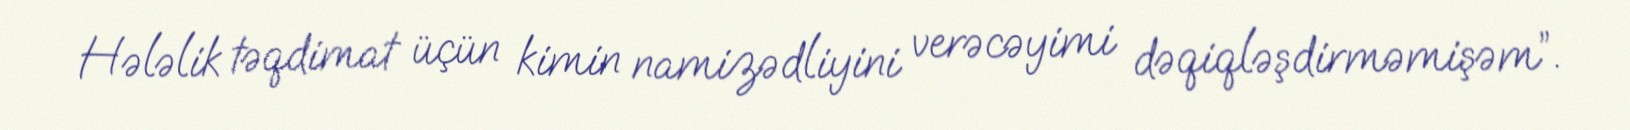
Hələlik təqdimat üçün kimin namizədliyini verəcəyimi dəqiqləşdirməmişəm”.